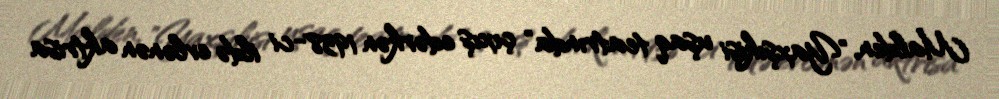
Malden, "Yaxşıkişi uşaq teatrında" çıxış edərkən 1938-ci ildə evlənən aktrisa